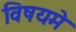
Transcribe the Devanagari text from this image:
विषयमे